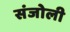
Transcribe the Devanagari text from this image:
संजोली